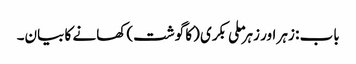
باب : زہر اور زہر ملی بکری (کا گوشت) کھانے کا بیان۔